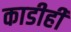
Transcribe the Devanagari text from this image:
काडीही